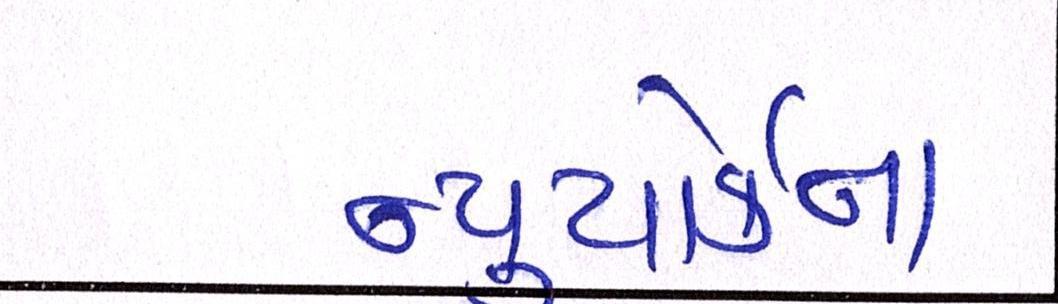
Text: ન્યુયોર્કના